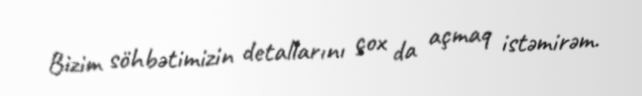
Bizim söhbətimizin detallarını çox da açmaq istəmirəm.